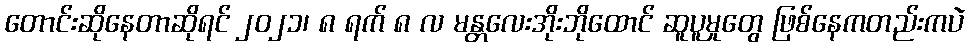
တောင်းဆိုနေတာဆိုရင် ၂၀၂၁၊ ၈ ရက် ၈ လ မန္တလေးအိုးဘိုထောင် ဆူပူမှုတွေ ဖြစ်နေကတည်းကပဲ